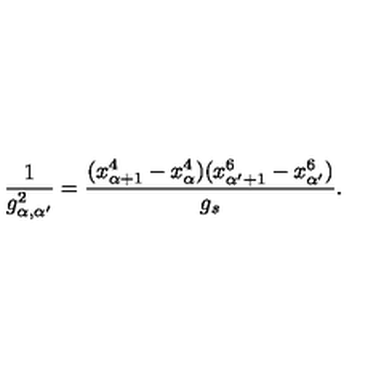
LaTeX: \frac { 1 } { g _ { \alpha , \alpha ^ { \prime } } ^ { 2 } } = \frac { ( x _ { \alpha + 1 } ^ { 4 } - x _ { \alpha } ^ { 4 } ) ( x _ { \alpha ^ { \prime } + 1 } ^ { 6 } - x _ { \alpha ^ { \prime } } ^ { 6 } ) } { g _ { s } } .